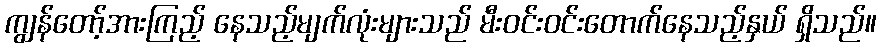
ကျွန်တော့်အားကြည့် နေသည့်မျက်လုံးများသည် မီးဝင်းဝင်းတောက်နေသည့်နှယ် ရှိသည်။